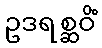
ဥဒရစ္ဆဝိံ